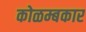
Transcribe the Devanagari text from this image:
कोळम्बकार